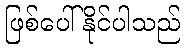
ဖြစ်ပေါ်နိုင်ပါသည်